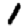
Digit: 1